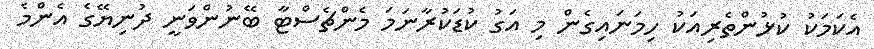
އެކަމަކު ކުޅުންތެރިއަކު ހިމަނައިގެން މި އަގު ކުޑަކުރާނަމަ މެންޗެސްޓާ ބޭނުންވަނީ ދުނިޔޭގެ އެންމެ